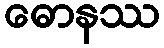
ဓောနဿ